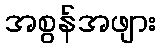
အစွန်အဖျား